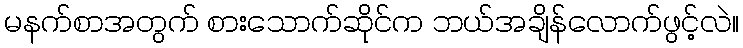
မနက်စာအတွက် စားသောက်ဆိုင်က ဘယ်အချိန်လောက်ဖွင့်လဲ။